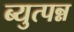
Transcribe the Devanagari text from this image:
ब्युत्पन्न